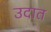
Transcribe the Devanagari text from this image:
उदात